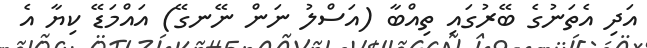
އަދި އެތަނުގެ ބޭރުގައި ތިއްބާ (އަސްލު ނަން ނޭނގޭ) އައްމަޑޭ ކިޔާ އެ